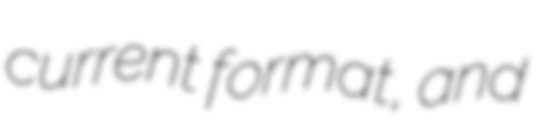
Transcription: current format, and